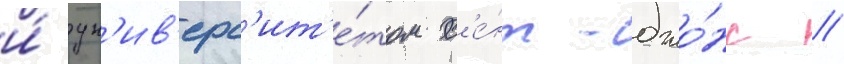
и́ ун'ив'ерс'ит'е́том с'е́нт-джо́нс //